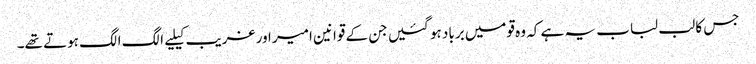
جس کا لب لباب یہ ہے کہ وہ قومیں برباد ہو گئیں جن کے قوانین امیر اور غریب کیلیے الگ الگ ہوتے تھے۔